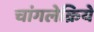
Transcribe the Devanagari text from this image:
चांगलेक्रिये